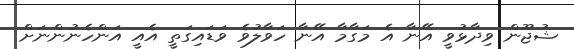
ޝުޖޫން ވިދާޅުވީ އޭނާ އެ މަގާމާ އޭނާ ހަވާލުވެ ވަޑައިގަތީ އެއީ އަންހެނުންނަށް